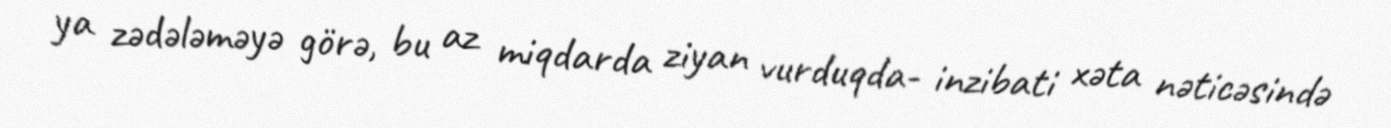
ya zədələməyə görə, bu az miqdarda ziyan vurduqda- inzibati xəta nəticəsində